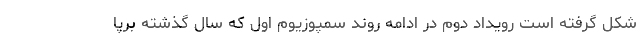
شکل گرفته است رویداد دوم در ادامه روند سمپوزیوم اول که سال گذشته برپا